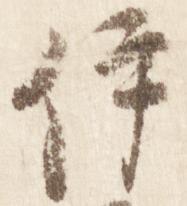
伊